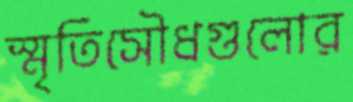
স্মৃতিসৌধগুলোর